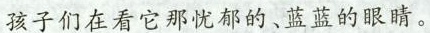
孩子们在看它那忧郁的、蓝蓝的眼睛。